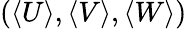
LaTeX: \left(\left<U\right>,\left<V\right>,\left<W\right>\right)